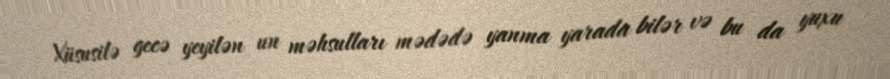
Xüsusilə gecə yeyilən un məhsulları mədədə yanma yarada bilər və bu da yuxu